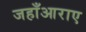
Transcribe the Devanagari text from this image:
जहाँआराए